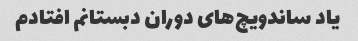
یاد ساندویچ‌های دوران دبستانم افتادم